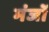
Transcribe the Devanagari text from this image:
मंजों